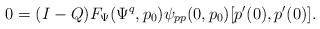
LaTeX: \begin{align*}0 = (I-Q) F_\Psi(\Psi^q,p_0)\psi_{pp}(0,p_0)[p'(0), p'(0)].\end{align*}